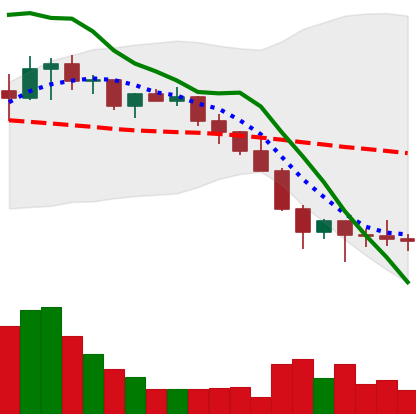
Ticker: LINK-USD
Chart end date: 2022-01-27
Forward return: 12.146%
Label: up_7plus